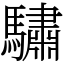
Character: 驌